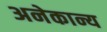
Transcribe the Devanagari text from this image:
अनेकान्य